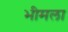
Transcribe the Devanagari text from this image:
भीमला